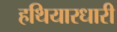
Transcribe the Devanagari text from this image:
हथियारधारी